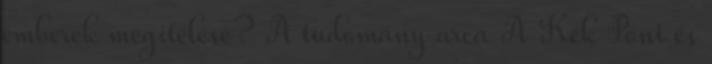
emberek megítélése? A tudomány arca A Kék Pont és